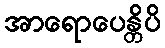
အာရောပေန္တိပိ